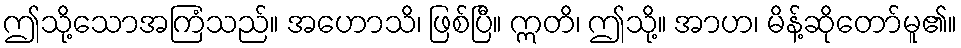
ဤသို့သောအကြံသည်။ အဟောသိ၊ ဖြစ်ပြီ။ ဣတိ၊ ဤသို့။ အာဟ၊ မိန့်ဆိုတော်မူ၏။